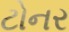
ટોનર